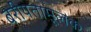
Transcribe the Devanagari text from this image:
बरीयतामूलक